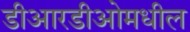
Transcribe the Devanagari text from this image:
डीआरडीओमधील